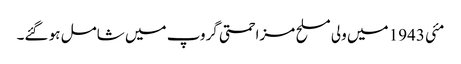
مئی 1943 میں ولی مسلح مزاحمتی گروپ میں شامل ہو گئے۔